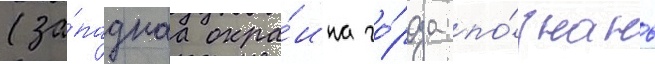
(за́паднаа окра́ина го́рода по́знань